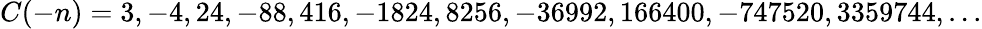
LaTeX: C(-n)=3,-4,24,-88,416,-1824,8256,-36992,166400,-747520,3359744,...